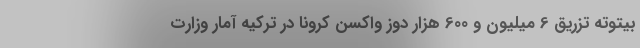
بیتوته تزریق 6 میلیون و 600 هزار دوز واکسن کرونا در ترکیه آمار وزارت